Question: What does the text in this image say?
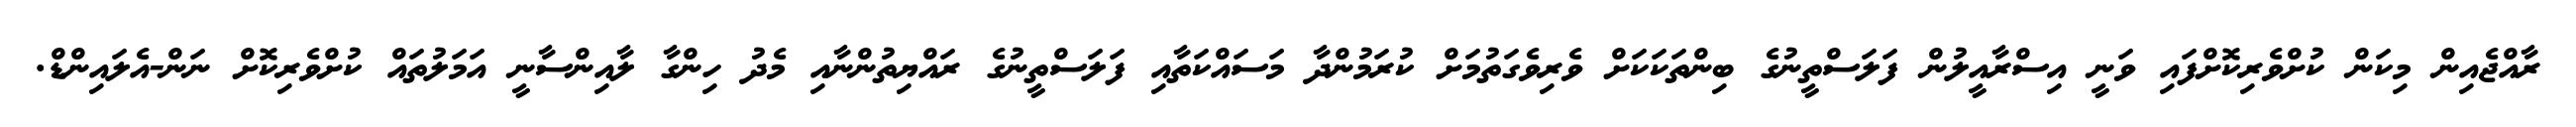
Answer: ރާއްޖެއިން މިކަން ކުށްވެރިކޮށްފައި ވަނީ އިސްރާއީލުން ފަލަސްތީނުގެ ބިންތަކަކަށް ވެރިވެގަތުމަށް ކުރަމުންދާ މަސައްކަތާއި ފަލަސްތީނުގެ ރައްޔިތުންނާއި މެދު ހިންގާ ލާއިންސާނީ އަމަލުތައް ކުށްވެރިކޮށް ނަން-އެލައިންޑް.